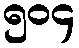
၅၀၄